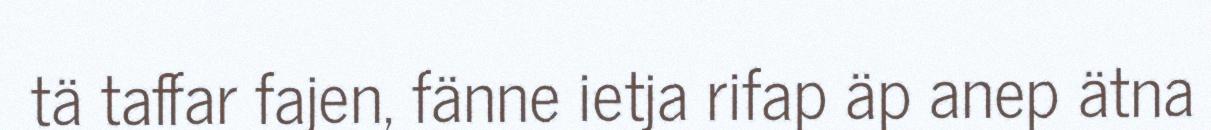
tä taffar fajen, fänne ietja rifap äp anep ätna